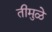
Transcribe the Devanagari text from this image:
तीमुळे